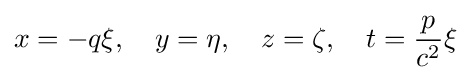
x=-q\xi ,\quad y=\eta ,\quad z=\zeta ,\quad t={\frac {p}{c^{2}}}\xi